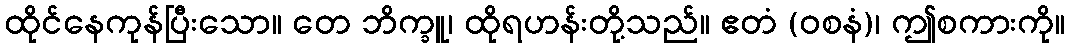
ထိုင်နေကုန်ပြီးသော။ တေ ဘိက္ခူ၊ ထိုရဟန်းတို့သည်။ ဧတံ (ဝစနံ)၊ ဤစကားကို။